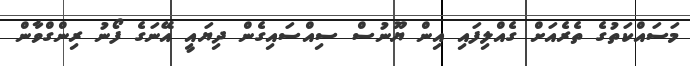
މަސައްކަތުގެ ތެރެއަށް ގެއްލިފައި އިން ޔޫނުސް ސިއްސައިގެން ދިޔައީ އޭނަގެ ފޯނު ރިންގްވާން